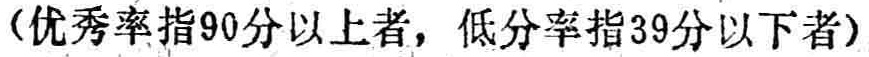
（优秀率指90分以上者，低分率指39分以下者）